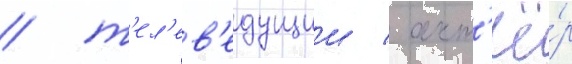
/ т'ел'ев'едущии / акт'ё́р